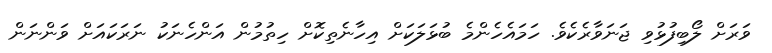
ވަރަށް ލޯބިފުޅުވި ޖަނަވާރެކެވެ. ހަމައެހެންމެ ބުޅަލަކަށް އިހާނެތިކޮށް ހިތުމުން އަންހެނަކު ނަރަކައަށް ވަންނަން